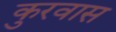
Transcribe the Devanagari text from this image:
कुरवास